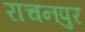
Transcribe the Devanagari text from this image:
राचनपुर